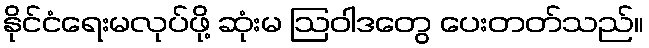
နိုင်ငံရေးမလုပ်ဖို့ ဆုံးမ ဩဝါဒတွေ ပေးတတ်သည်။